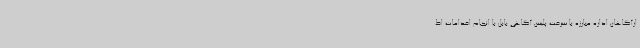
ارآگاهان اداره مبارزه با سرقت پلیس آگاهی بابل با انجام اقدامات اط